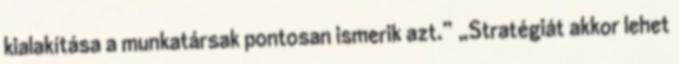
kialakítása a munkatársak pontosan ismerik azt.” „Stratégiát akkor lehet